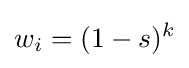
w_{i}=(1-s)^{k}